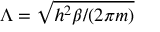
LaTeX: \Lambda = { \sqrt { h ^ { 2 } \beta / ( 2 \pi m ) } }